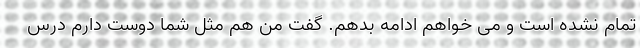
تمام نشده است و می خواهم ادامه بدهم. گفت من هم مثل شما دوست دارم درس